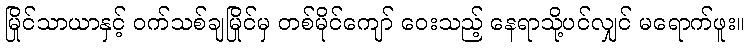
မြိုင်သာယာနှင့် ဝက်သစ်ချမြိုင်မှ တစ်မိုင်ကျော် ဝေးသည့် နေရာသို့ပင်လျှင် မရောက်ဖူး။